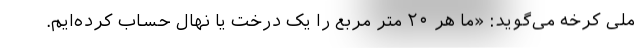
ملی کرخه می‌گوید: «ما هر ۲۰ متر مربع را یک درخت یا نهال حساب کرده‌ایم.